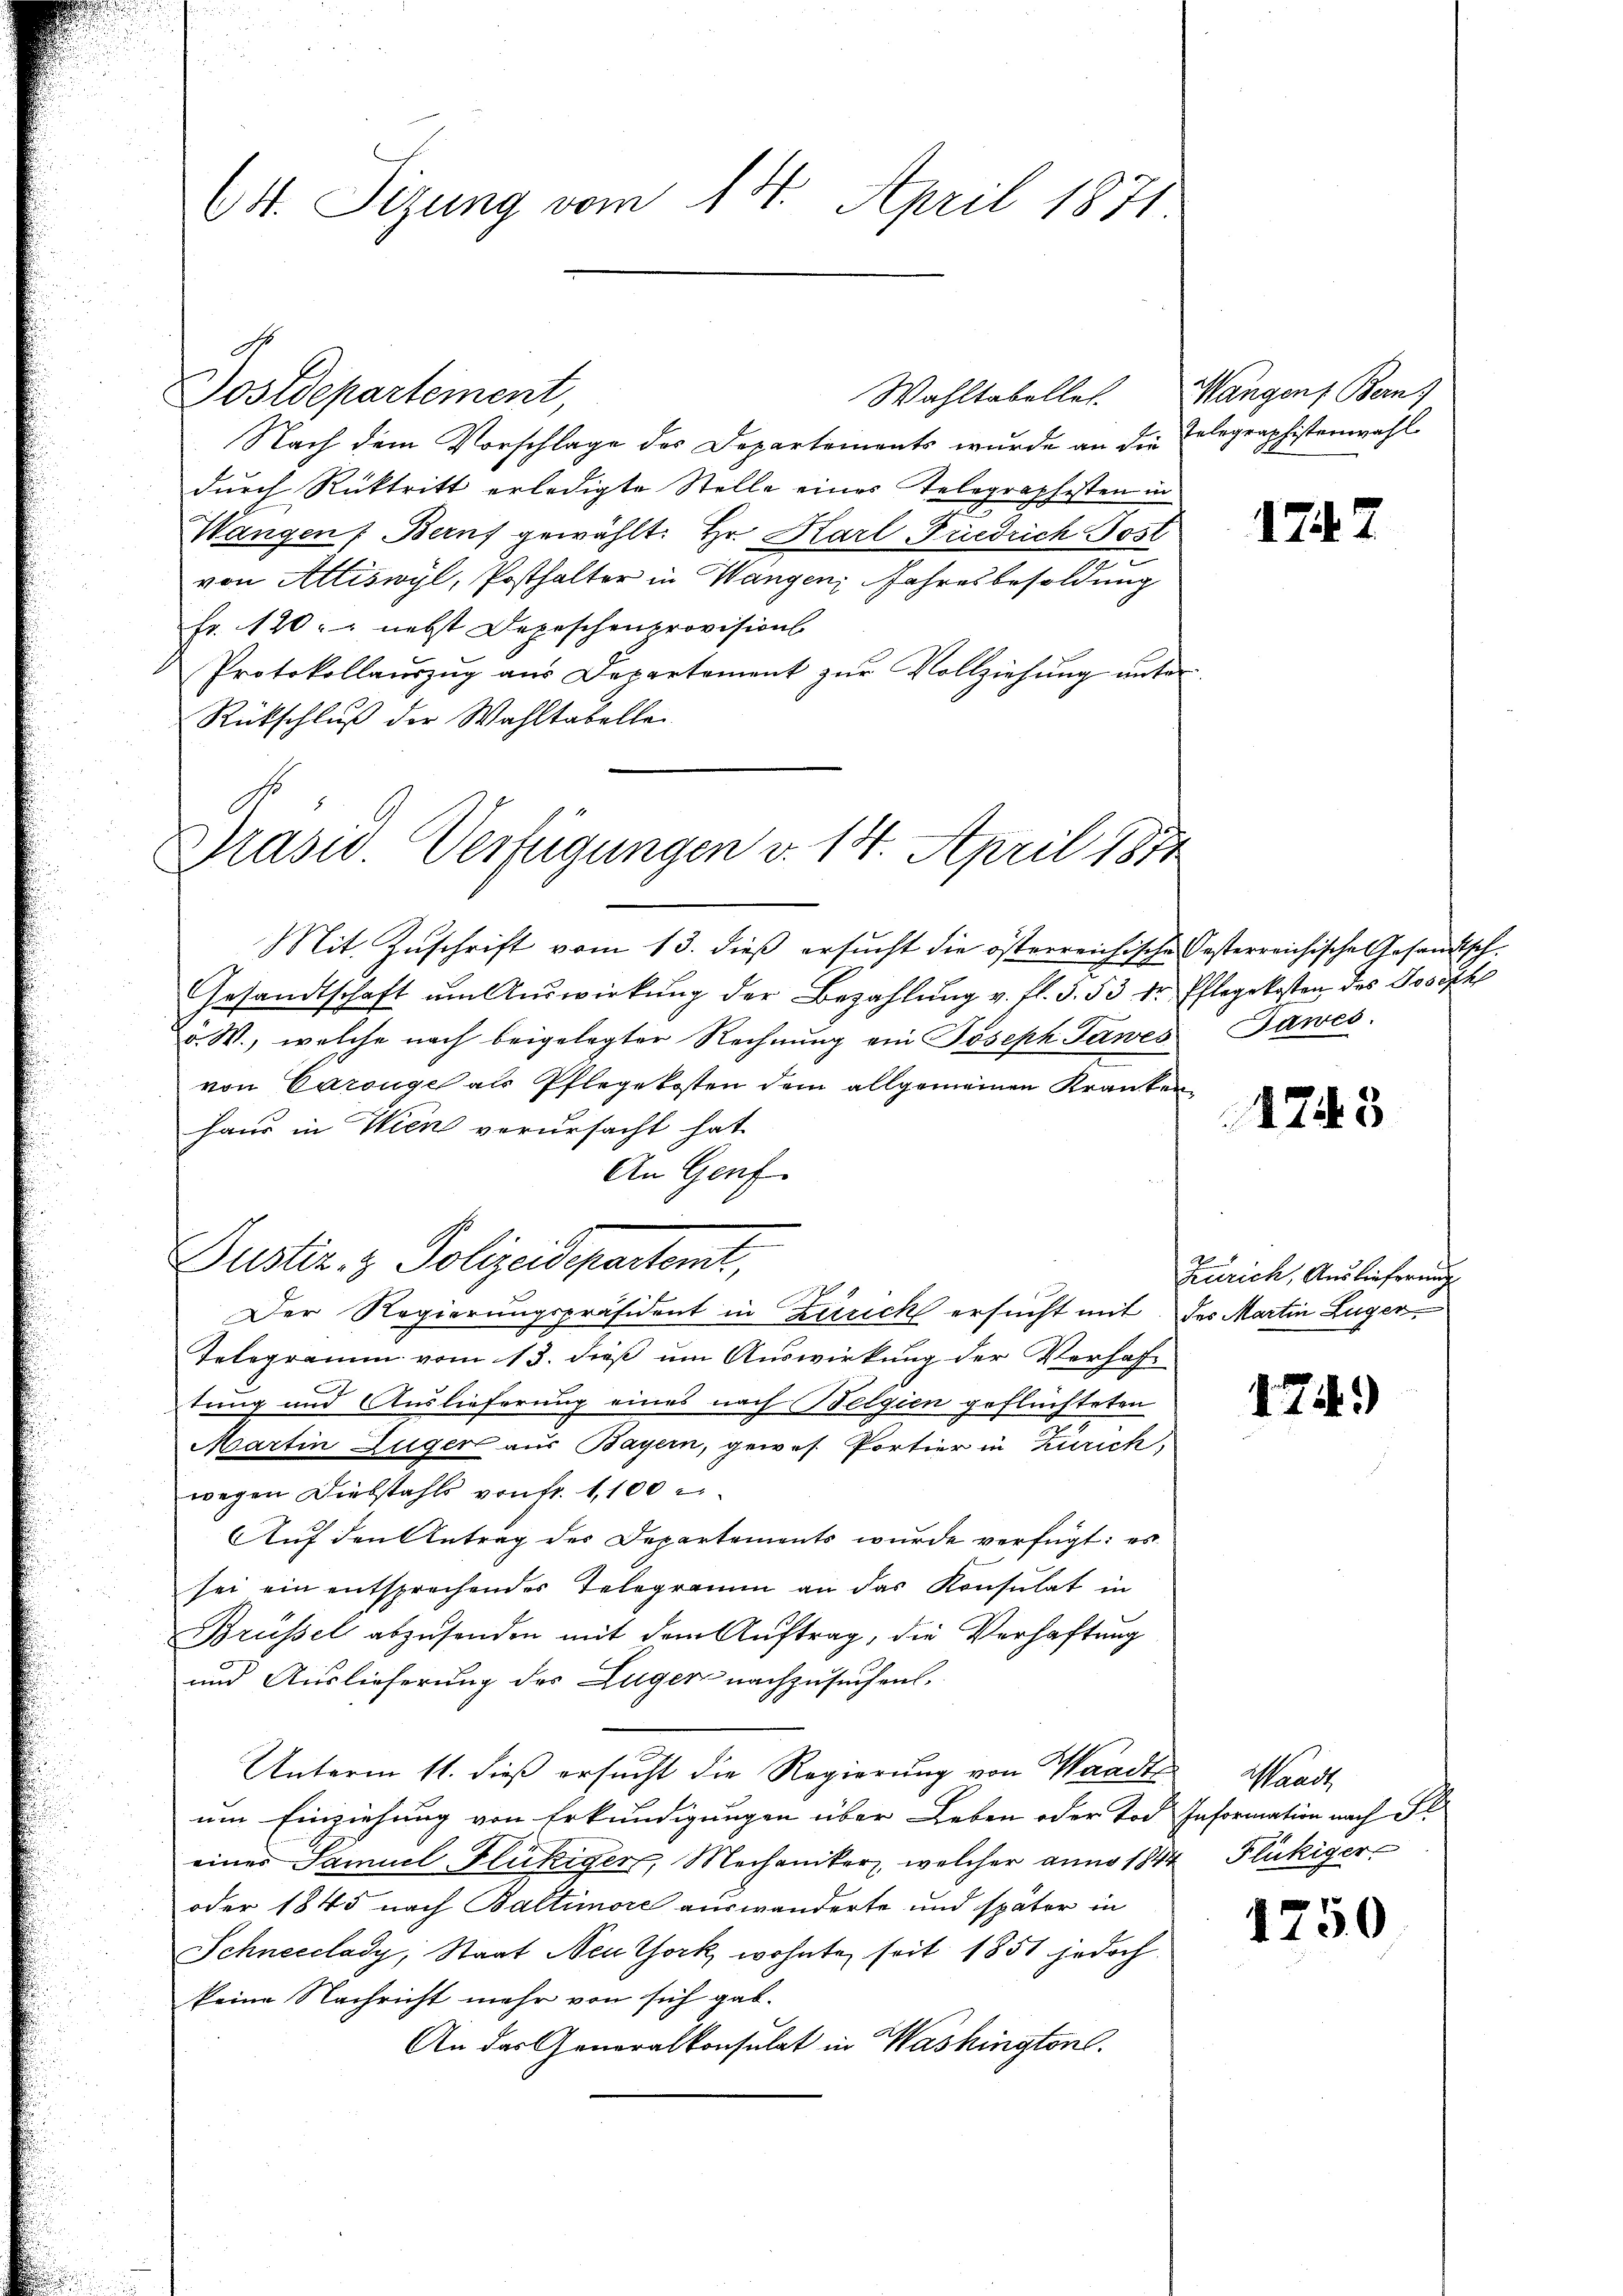
64. Sizung vom 14. April 1871.

Wahltabelles. Wangen, Bern)
Postdepartement,
Nach dem Vorschlage des Departements wurde an die Telegraphistenwahl
durch Rücktritt erledigte Stelle eines Telegraphisten in
Wangen Berns gewählt: Hr. Harl Fiedrich Post
von Attiswyl, Posthalter in Wangen Jahresbesoldung
fr. 120. nebst Depeschenprovisions
Protokollaŭszŭg aŭs Departement zŭr Vollziehŭng ŭnter
Rückschluß der Wahltabellei

Präsid. Verfügungen v. 14. April 1874

Mit Zuschrift vom 13. dieß ersucht die österreichische Oesterreichische Gesandtsch.
Gesandtschaft ŭm Aŭswirkŭng der Bezahlŭng v. fl. 5. 53 der Pflegekosten des Joseph
d. W., welche nach beigelegter Rechnung ein Joseph Jawes Tawes
von Carouge als Pflegekosten dem allgemeinen Kranken¬
Haus in Wien verursacht hat.
An Genf.
Der Regierungspräsident in Zürich ersucht mit des Martin Lüger,
Telegramm vom 13. dieß um Auswirkung der Verhaftung und Auslieferung eines nach Belgien geflüchteten
Martin Züger aus Bayern, gewes. Portier in Zürich,
wegen Diebstahls von Fr. 1,100
Auf den Antrag des Departements wurde verfügt: es
sei ein entsprechender Telegramm an das Konsulat in
Brüssel abzŭsenden mit dem Auftrag, die Verhaftung
und Auslieferung des Zuger nachzusuchen.
Unterm 11. dieß ersucht die Regierung von Waadt Mandt
um Einziehung von Erkundigungen über Leben oder Tod Information nach Fl
einer Samuel Flückiger, Mechaniker, welcher anno 1844 Flückiger
oder 1845 nach Baltimore auswanderte und später in
Schneeclady, Staat Neuthock wohnte seit 1851 jedoch
keine Nachricht mehr von sich gab.
An das Generalkonsulat in Washington.

Gustiz- & Polizeidepartamt,

Zürich, Auslieferung

17.

174

1745

)

1750